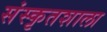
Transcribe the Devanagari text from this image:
संस्कृतशाला